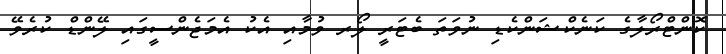
ކޮންޓްރޯލާގެ ކަނެކްޝަންކެޑި ނުވަތަ ބެޓަރީ ލޯރ ވުމާއި އެކު އެމަޖެންސީގައި ލޭންޑް ކުރެވޭ